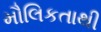
મૌલિકતાથી